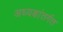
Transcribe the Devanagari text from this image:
अध्यक्षांतर्गत